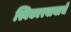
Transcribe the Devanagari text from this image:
स्विकारवायाचे